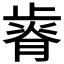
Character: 𣦒